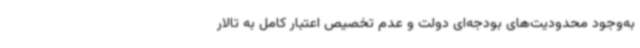
به‌وجود محدودیت‌های بودجه‌ای دولت و عدم تخصیص اعتبار کامل به تالار